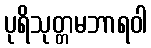
ပုရိသုတ္တမဘာရဝါ